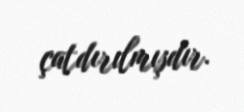
çatdırılmışdır.